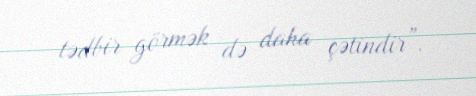
tədbir görmək də daha çətindir”.